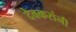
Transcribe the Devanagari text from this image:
देवकरांनी